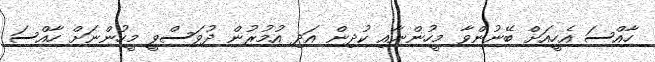
ހާއްސަ އެހީއަށް ބޭނުންވާ މީހުންނާއި ކުދިން އަދި އުމުރުން ދުވަސްވީ މީހުންނަށް ހާއްސަ